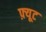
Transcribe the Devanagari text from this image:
फ़्यूट